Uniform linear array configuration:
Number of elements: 48
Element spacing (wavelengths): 1
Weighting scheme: hamming
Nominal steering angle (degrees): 0
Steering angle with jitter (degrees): -0.7952
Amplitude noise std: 0.05
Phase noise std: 0.05

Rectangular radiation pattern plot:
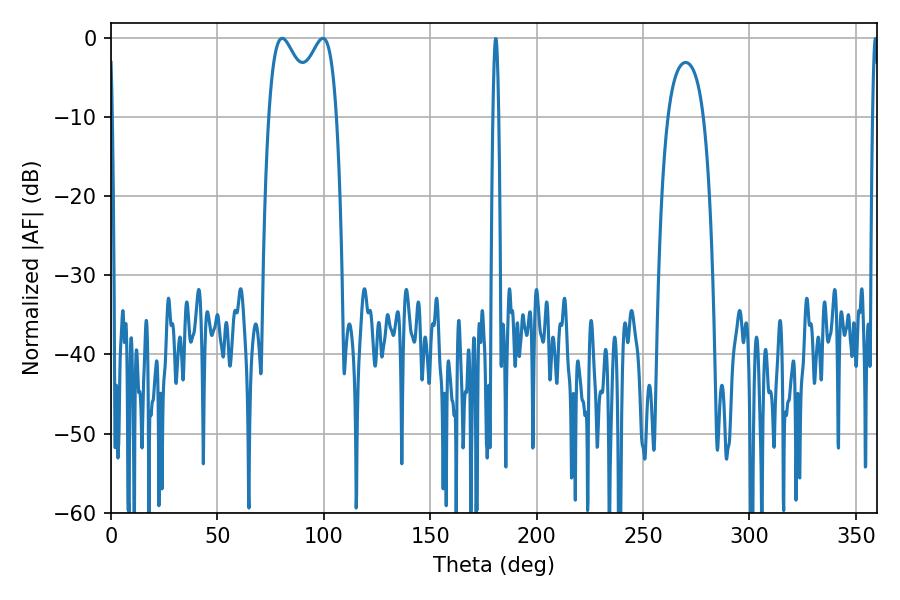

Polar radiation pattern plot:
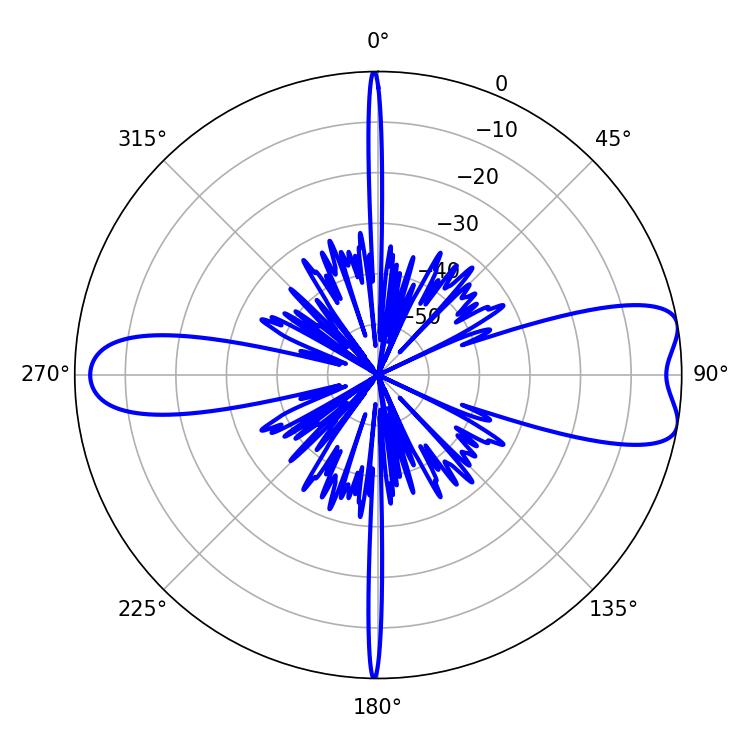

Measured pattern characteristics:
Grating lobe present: TRUE
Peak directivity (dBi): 8.721
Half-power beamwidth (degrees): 12.6
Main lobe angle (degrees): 80.46